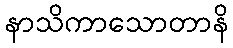
နာသိကာသောတာနိ